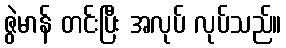
ဇွဲမာန် တင်းပြီး အလုပ် လုပ်သည်။